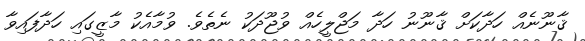
ޤާނޫނެއް ހަދާކަށް ޤާނޫނު ހަދާ މަޖްލީހެއް ވުޖޫދަކު ނެތެވެ. ވުމާއެކު މާޒީގައި ހަދާފައިވާ